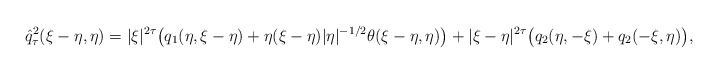
\begin{align*}\hat{q}_\tau^2(\xi-\eta,\eta)= |\xi|^{2\tau}\big(q_1(\eta, \xi-\eta)+\eta(\xi-\eta)|\eta|^{-1/2}\theta(\xi-\eta, \eta)\big) + |\xi-\eta|^{2\tau} \big(q_2(\eta, -\xi) + q_2(-\xi,\eta) \big),\end{align*}